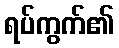
ရပ်ကွက်၏